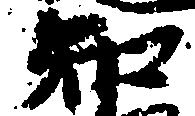
知